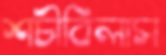
শচীবিলাস